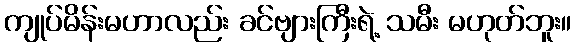
ကျုပ်မိန်းမဟာလည်း ခင်ဗျားကြီးရဲ့ သမီး မဟုတ်ဘူး။